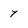
Character: 7